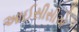
આઈસીસીએ